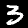
Digit: 3